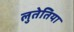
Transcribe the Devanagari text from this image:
लुतेतिया